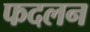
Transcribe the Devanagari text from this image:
फदलन